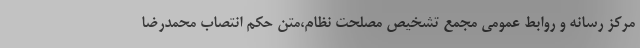
مرکز رسانه و روابط عمومی مجمع تشخیص مصلحت نظام،متن حکم انتصاب محمدرضا